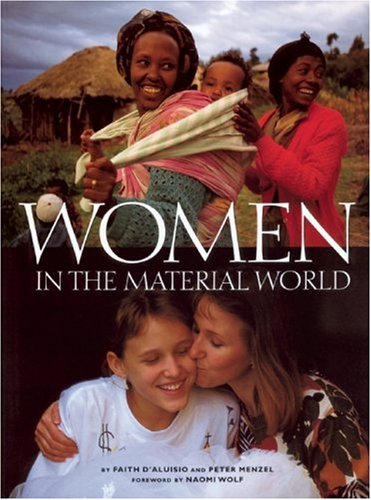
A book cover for Women in the Material World; Faith D'Aluisio; Gay & Lesbian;